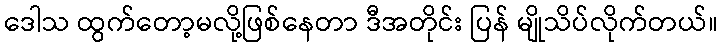
ဒေါသ ထွက်တော့မလို့ဖြစ်နေတာ ဒီအတိုင်း ပြန် မျိုသိပ်လိုက်တယ်။